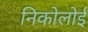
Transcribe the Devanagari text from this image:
निकोलोई